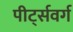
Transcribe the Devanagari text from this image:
पीर्ट्सवर्ग